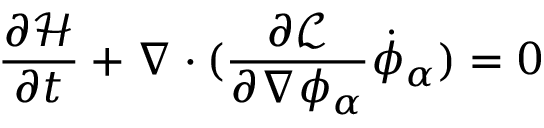
{ \frac { \partial { \mathcal { H } } } { \partial t } } + \nabla \cdot ( { \frac { \partial { \mathcal { L } } } { \partial \nabla \phi _ { \alpha } } } { \dot { \phi } } _ { \alpha } ) = 0